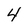
Character: 4